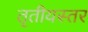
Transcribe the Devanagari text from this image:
तृतीयस्तर